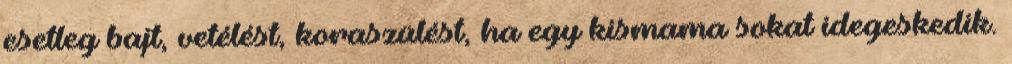
esetleg bajt, vetélést, koraszülést, ha egy kismama sokat idegeskedik.